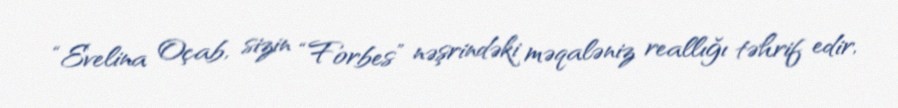
“Evelina Oçab, sizin “Forbes” nəşrindəki məqaləniz reallığı təhrif edir,